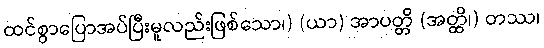
ထင်စွာပြောအပ်ပြီးမူလည်းဖြစ်သော၊) (ယာ) အာပတ္တိ (အတ္ထိ၊) တဿ၊